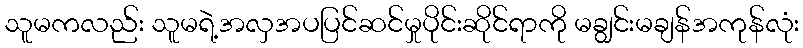
သူမကလည်း သူမရဲ့အလှအပပြင်ဆင်မှုပိုင်းဆိုင်ရာကို မချွင်းမချန်အကုန်လုံး